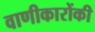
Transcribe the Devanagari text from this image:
वाणीकारोंकी